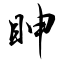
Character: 眒